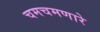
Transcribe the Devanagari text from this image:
चमचमणारे